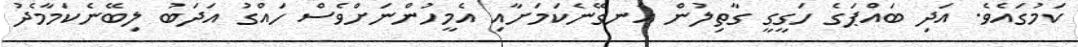
ކަމުގައެވެ. އަދި ބައްޕަގެ ހަގީގީ ގާތިލުން އެނގޭނެކަމަށާއި އެމީހުންނަށްވެސް ހައްގު އަދަބު ލިބޭނެކަމާމެދު